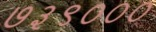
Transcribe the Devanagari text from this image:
७३९०००